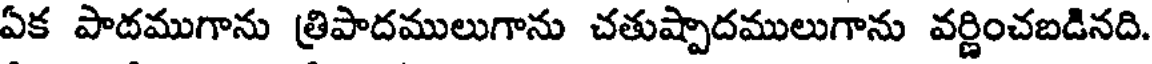
ఏక పాదముగాను త్రిపాదములుగాను చతుష్పాదములుగాను వర్ణించబడినది.